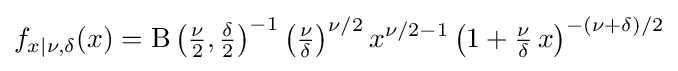
f_{x\mid \nu ,\delta }(x)=\operatorname {B} \left({\tfrac {\nu }{2}},{\tfrac {\delta }{2}}\right)^{-1}\left({\tfrac {\nu }{\delta }}\right)^{\nu /2}x^{\nu /2-1}\left(1+{\tfrac {\nu }{\delta }}\,x\right)^{-(\nu +\delta )/2}